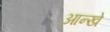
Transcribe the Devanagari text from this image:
आन्खे